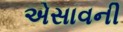
એસાવની